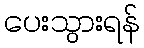
ပေးသွားရန်